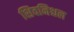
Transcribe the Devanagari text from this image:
शिवनिश्चल